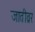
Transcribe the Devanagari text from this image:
जातीव्रर